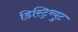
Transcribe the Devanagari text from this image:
डिस्ट्रिब्युट